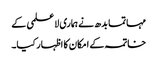
مہاتما بدھ نے ہماری لاعلمی کے
خاتمہ کے امکان کا اظہار کیا۔